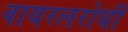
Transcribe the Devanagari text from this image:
वायरलरोधी